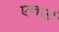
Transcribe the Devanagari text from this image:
एनाई